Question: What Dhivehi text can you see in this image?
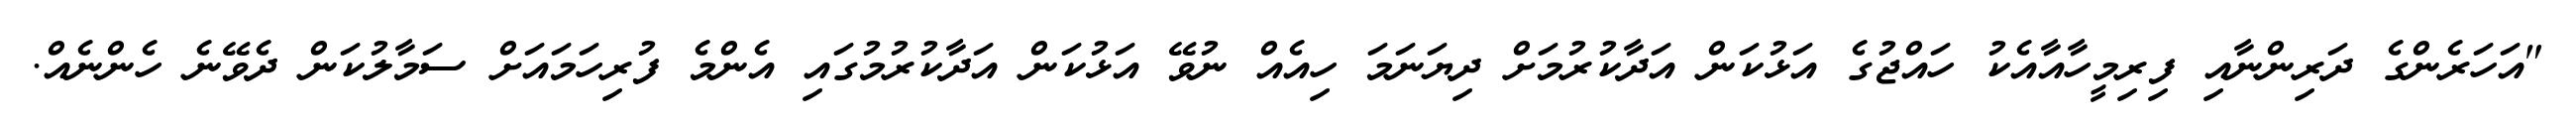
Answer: "އަހަރެންގެ ދަރިންނާއި ފިރިމީހާއާއެކު ހައްޖުގެ އަޅުކަން އަދާކުރުމަށް ދިޔަނަމަ ހިއެއް ނުވޭ އަޅުކަން އަދާކުރުމުގައި އެންމެ ފުރިހަމައަށް ސަމާލުކަން ދެވޭނެ ހެންނެއް.